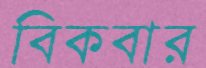
বিকবার